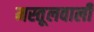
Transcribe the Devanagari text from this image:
मस्तूलवाली